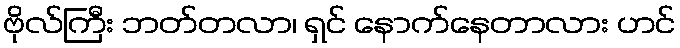
ဗိုလ်ကြီး ဘတ်တလာ၊ ရှင် နောက်နေတာလား ဟင်